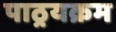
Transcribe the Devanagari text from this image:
पाठ्रयक्रम